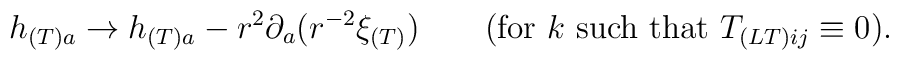
h_{(T)a} \to 	h_{(T)a} - r^2\partial_a(r^{-2}\xi_{(T)})	\qquad (\mbox{for}\ k\ \mbox{such that}\ T_{(LT)ij}\equiv 0).